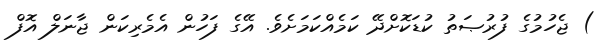
) ޖެހުމުގެ ފުރުޞަތު ކުޑަކޮށްދޭ ކަމެއްކަމަށެވެ. އޭގެ ފަހުން އެމެރިކަން ޖާނަލް އޮފް